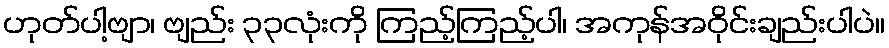
ဟုတ်ပါ့ဗျာ၊ ဗျည်း ၃၃လုံးကို ကြည့်ကြည့်ပါ၊ အကုန်အဝိုင်းချည်းပါပဲ။